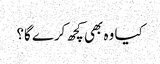
کیا وہ بھی کچھ کرے گا؟